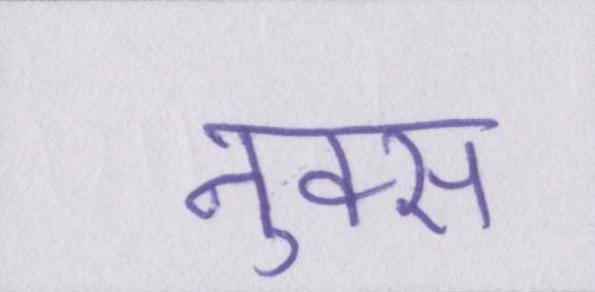
नुक्स